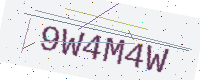
Text: 9W4M4W